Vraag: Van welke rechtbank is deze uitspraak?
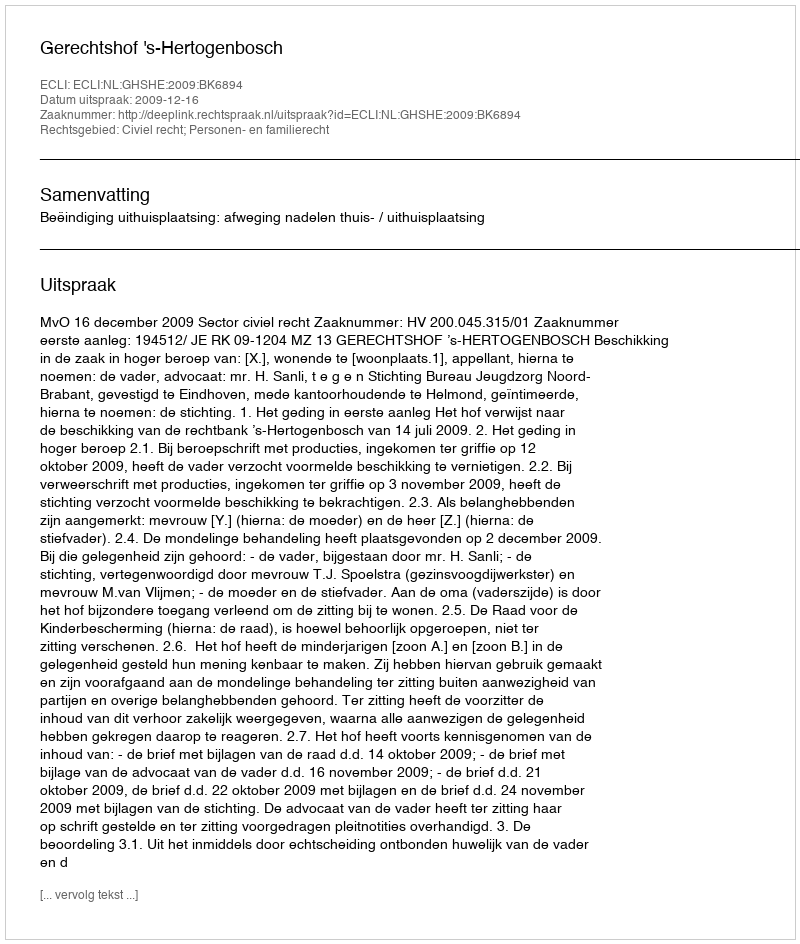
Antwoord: Gerechtshof 's-Hertogenbosch